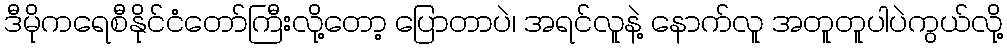
ဒီမိုကရေစီနိုင်ငံတော်ကြီးလို့တော့ ပြောတာပဲ၊ အရင်လူနဲ့ နောက်လူ အတူတူပါပဲကွယ်လို့